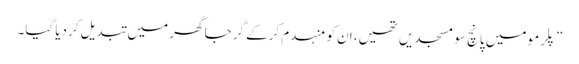
”پلرمو میں پانچ سو مسجدیں تھیں، ان کو منہدم کرکے گرجا گھر میں تبدیل کردیا گیا۔